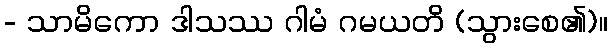
- သာမိကော ဒါသဿ ဂါမံ ဂမယတိ (သွားစေ၏)။